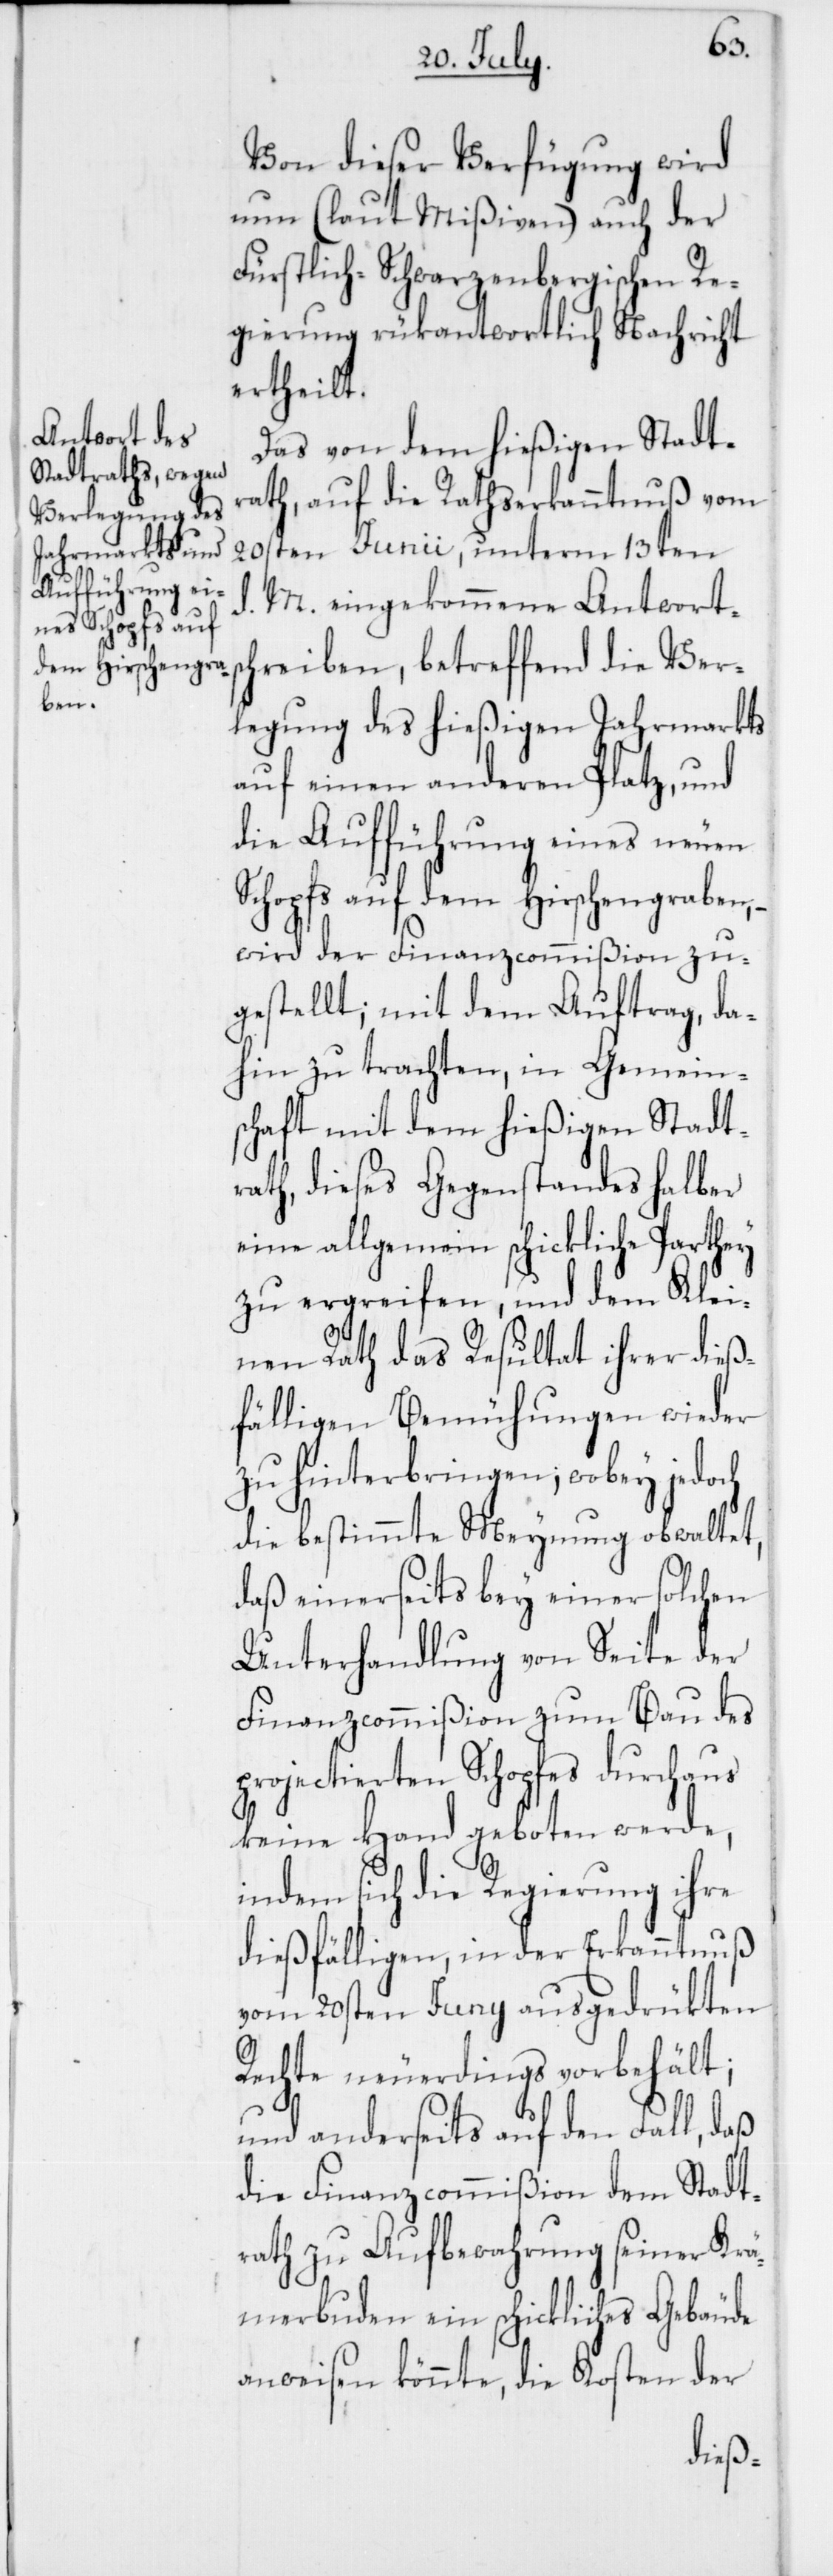
Von dieser Verfügung wird
nun (laut Mißiven) auch der
Fürstlich-Schwarzenbergischen Re¬
gierung rükantwortlich Nachricht
ertheilt.
Das von dem hießigen Stadt¬
rath, auf die Rathserkanntnuß vom
20sten Junii, unterm 13ten
M. eingekommene Antworts¬
chreiben, betreffend die Ver¬
legung des hießigen Jahrmarkts
auf einen anderen Platz, und
die Aufführung eines neuen
Schopfs auf dem Hirschengraben,
wird der Finanzcommißion zu¬
gestellt; mit dem Auftrag, da¬
hin zu trachten, in Gemein¬
schaft mit dem hießigen Stadt¬
rath, dieses Gegenstandes halber
eine allgemein schickliche Parthey
zu ergreifen, und dem Klei¬
nen Rath das Resultat ihrer dieß¬
fälligen Bemühungen wieder
zu hinterbringen, wobey jedoch
die bestimmte Meynung obwaltet,
daß einerseits bey einer solchen
Unterhandlung von Seite der
Finanzcommißion zum Bau des
projectierten Schopfes durchaus
keine Hand geboten werde,
indem sich die Regierung ihre
dießfälligen, in der Erkanntnuß
vom 20sten Juny ausgedrükten
Rechte neuerdings vorbehält;
und anderseits auf den Fall, daß
die Finanzcommißion dem Stadt¬
rath zu Aufbewahrung seiner Krä¬
merbuden ein schickliches Gebäude
anweisen könnte, die Kosten der